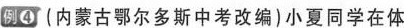
例④ (内蒙古鄂尔多斯中考改编)小夏同学在体